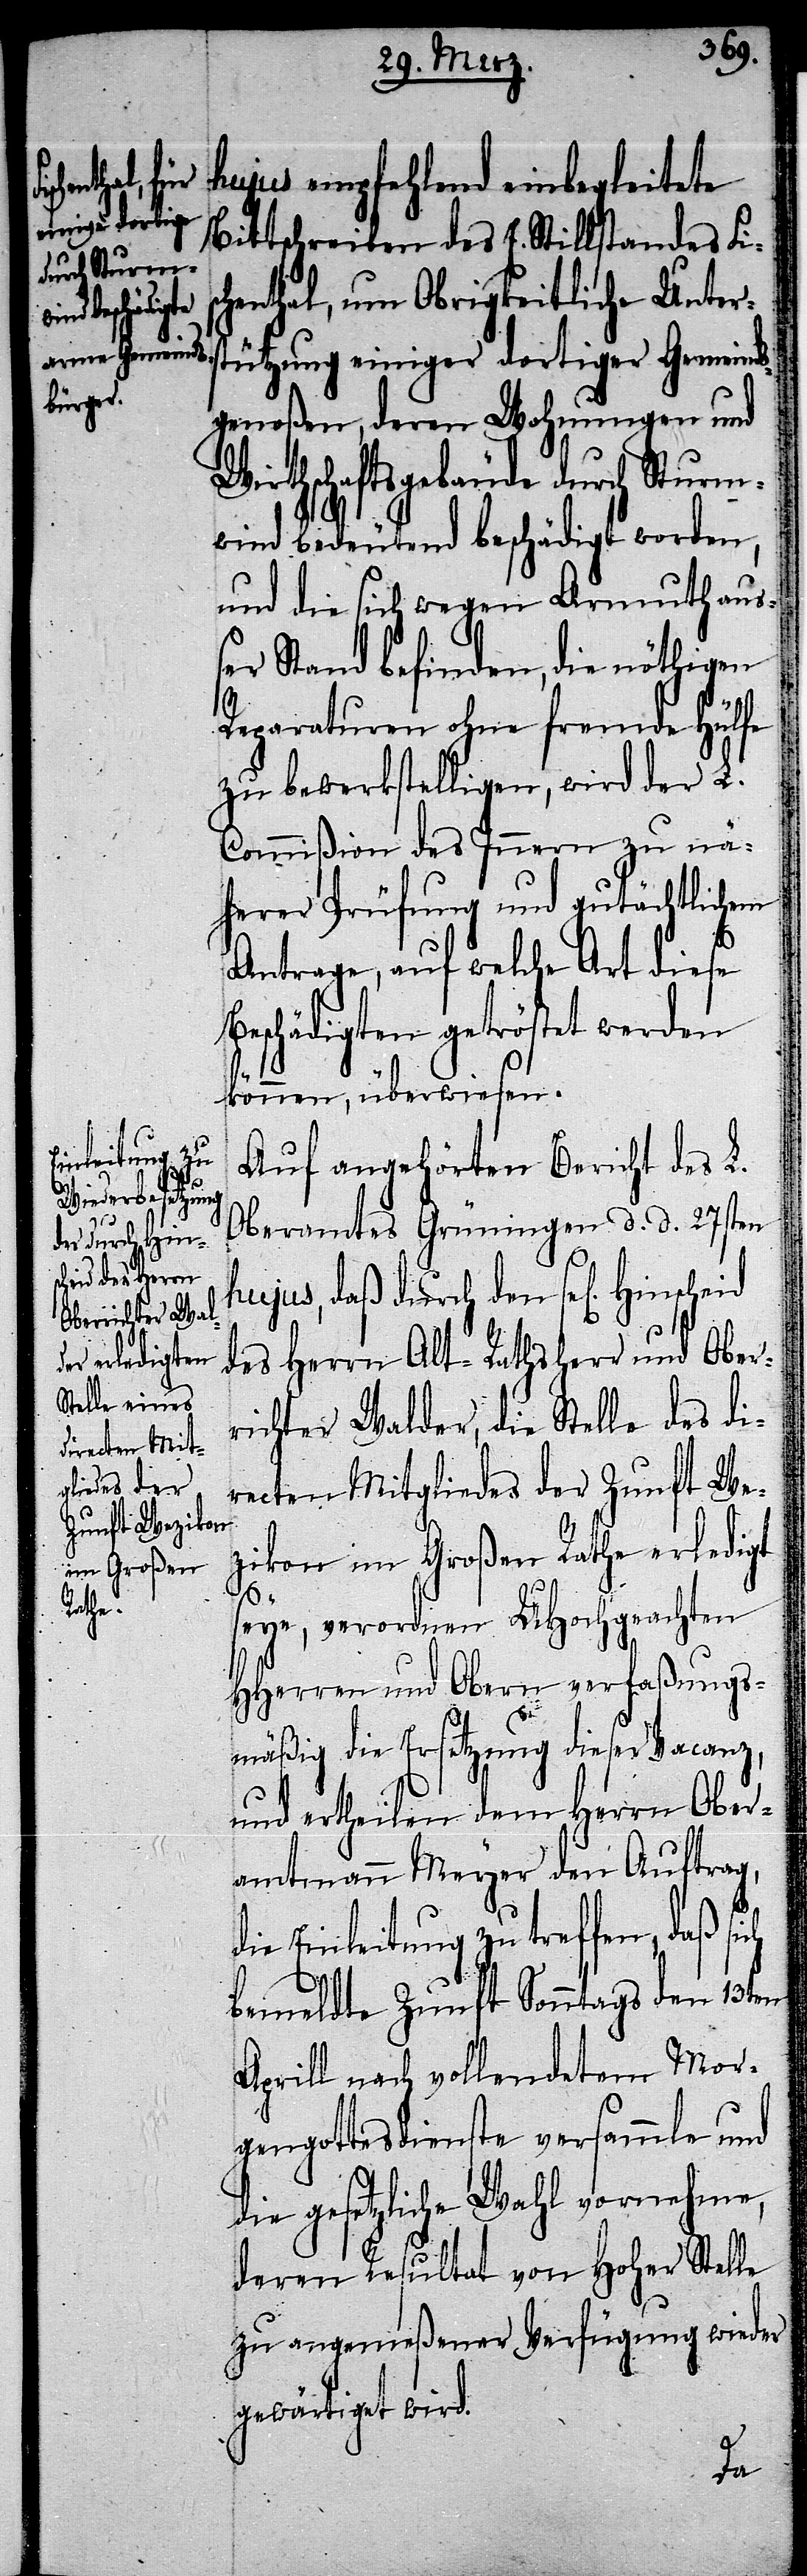
ch

hujus empfehlend einbegleitete
Bittschreiben des E. Stillstandes Fi¬
enthal, um Obrigkeitliche Unter¬
stützung einiger dortiger Gemeind¬
sgenoßen, deren Wohnungen und
Wirthschaftsgebäude durch Sturm¬
wind bedeutend beschädigt worden,
und die sich wegen Armuth au¬
ßer Stand befinden, die nöthigen
Reparaturen ohne fremde Hülfe
zu bewerkstelligen, wird der L.
Commißion des Innern zu nä¬
herer Prüfung und gutächtlichem
Antrage, auf welche Art diese
Beschädigten getröstet werden
können, überwiesen.
Auf angehörten Bericht des L.
Oberamtes Grüningen d. d. 27sten
hujus, daß durch den sel[igen] Hin¬
des Herrn Alt-Rathsherr und Ober¬
richter Walder, die Stelle des di¬
recten Mitgliedes der Zunft We¬
zikon im Großen Rathe erledigt
seye, verordnen UHochgeachten
HHerren und Obern verfaßungs¬
mäßig die Ersetzung dieser Vacanz,
und ertheilen dem Herrn Ober¬
amtmann Meyer den Auftrag,
die Einleitung zu treffen, daß si¬
bemeldte Zunft Sonntags den 13ten
Aprill nach vollendetem Mor¬
gengottesdienste versammle und
die gesetzliche Wahl vornehme,
deren Resultat von Hoher Stelle
zu angemeßener Verfügung wieder
gewärtiget wird.